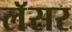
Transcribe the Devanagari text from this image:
लॅसर